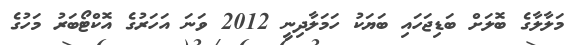
މަލާލާގެ ބޮލަށް ބަޑިޖަހައި ބަޔަކު ހަމަލާދިނީ 2012 ވަނަ އަހަރުގެ އޮކްޓޯބަރު މަހުގެ